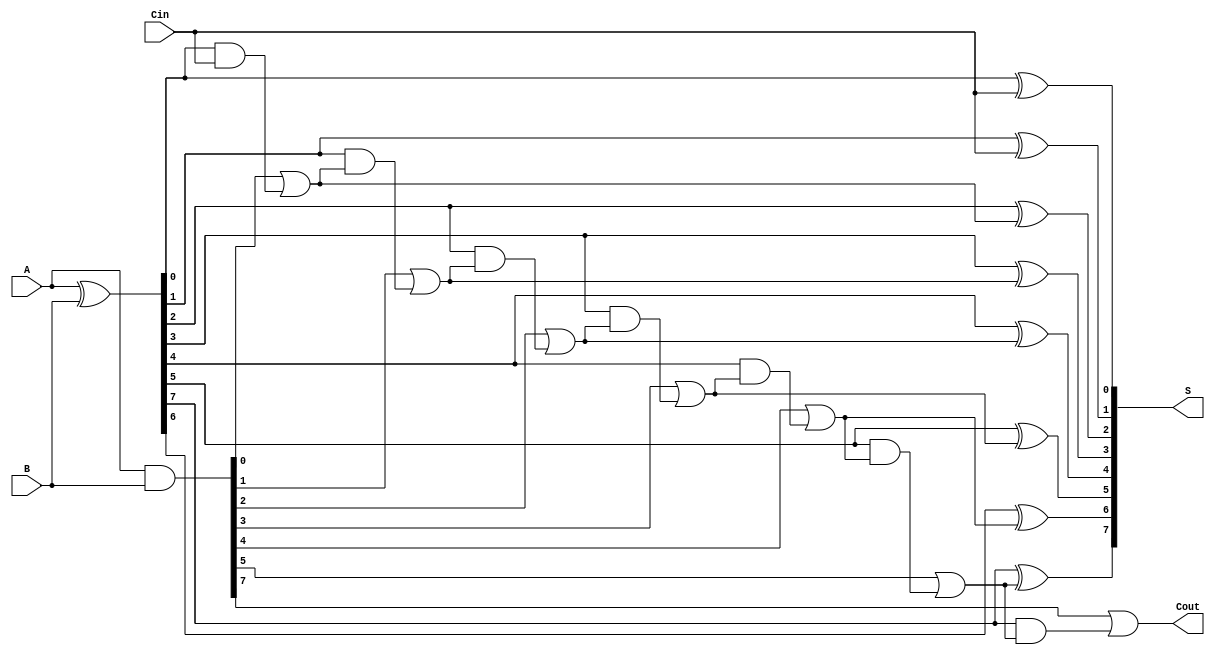
module KoggeStoneAdder #(parameter N = 8) (
    input  [N-1:0] A,      // First n-bit input
    input  [N-1:0] B,      // Second n-bit input
    input          Cin,     // Carry-in
    output [N-1:0] S,      // Sum output
    output         Cout     // Carry-out
);

    wire [N-1:0] G;        // Generate signals
    wire [N-1:0] P;        // Propagate signals
    wire [N-1:0] C [0:N-1]; // Carry signals for each stage

    // Generate and Propagate signals
    assign G = A & B;              // Generate
    assign P = A ^ B;              // Propagate

    // Stage 0: Initial carry signals
    assign C[0][0] = Cin;          // C[0][0] = Cin
    genvar i;
    generate
        for (i = 1; i < N; i = i + 1) begin : stage0
            assign C[0][i] = G[i-1] | (P[i-1] & C[0][i-1]);
        end
    endgenerate

    // Carry generation stages
    genvar k, j;
    for (k = 1; k < N; k = k + 1) begin : carry_stages
        for (j = 0; j < N; j = j + 1) begin : carry_signals
            if (j == 0) begin
                assign C[k][j] = G[j] | (P[j] & C[k-1][j]);
            end else if (j < (1 << k)) begin
                assign C[k][j] = G[j] | (P[j] & G[j-1]) | (P[j] & P[j-1] & C[k-1][j-2]);
            end else begin
                assign C[k][j] = C[k-1][j]; // No change for bits out of range
            end
        end
    end

    // Sum calculation
    assign S[0] = P[0] ^ Cin; // First sum bit
    generate
        for (i = 1; i < N; i = i + 1) begin : sum_bits
            assign S[i] = P[i] ^ C[0][i-1];
        end
    endgenerate

    // Final carry-out
    assign Cout = G[N-1] | (P[N-1] & C[0][N-2]);

endmodule